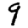
Digit: 9